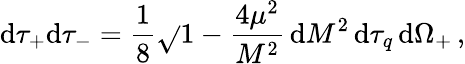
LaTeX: \mathrm{d}\tau_{+}\mathrm{d}\tau_{-}={\frac{{1}}{{8}}}\sqrt{}{{1-{\frac{{4\mu^{2}}}{{M^{2}}}}}}\, \mathrm{d}M^{2}\, \mathrm{d}\tau_{q}\, \mathrm{d}\Omega_{+}\, ,